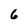
Character: 6